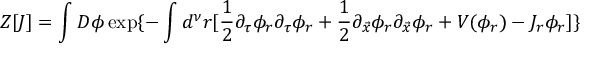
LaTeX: Z [ J ] = \int { \cal D } \phi \exp \{ - \int d ^ { \nu } r [ { \frac { 1 } { 2 } } \partial _ { \tau } \phi _ { r } \partial _ { \tau } \phi _ { r } + { \frac { 1 } { 2 } } \partial _ { \vec { x } } \phi _ { r } \partial _ { \vec { x } } \phi _ { r } + V ( \phi _ { r } ) - J _ { r } \phi _ { r } ] \}